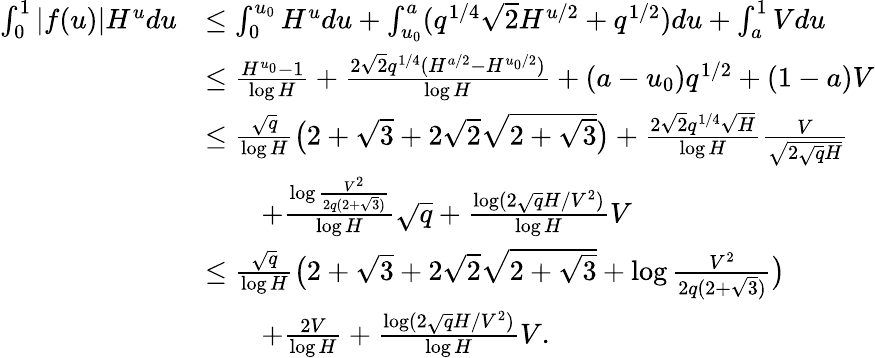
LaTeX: \begin{array}{rl}{\int_{0}^{1}|f(u)|H^{u}du}&{\le\int_{0}^{u_{0}}H^{u}du+\int_{u_{0}}^{a}(q^{1/4}\sqrt{2}H^{u/2}+q^{1/2})du+\int_{a}^{1}Vdu}\\ &{\le\frac{H^{u_{0}}-1}{\log H}+\frac{2\sqrt{2}q^{1/4}(H^{a/2}-H^{u_{0}/2})}{\log H}+(a-u_{0})q^{1/2}+(1-a)V}\\ &{\le\frac{\sqrt{q}}{\log H}\bigl(2+\sqrt{3}+2\sqrt{2}\sqrt{2+\sqrt{3}}\bigr)+\frac{2\sqrt{2}q^{1/4}\sqrt{H}}{\log H}\frac{V}{\sqrt{2\sqrt{q}H}}}\\ &{\qquad+\frac{\log\frac{V^{2}}{2q(2+\sqrt{3})}}{\log H}\sqrt{q}+\frac{\log(2\sqrt{q}H/V^{2})}{\log H}V}\\ &{\le\frac{\sqrt{q}}{\log H}\bigl(2+\sqrt{3}+2\sqrt{2}\sqrt{2+\sqrt{3}}+\log\frac{V^{2}}{2q(2+\sqrt{3})}\bigr)}\\ &{\qquad+\frac{2V}{\log H}+\frac{\log(2\sqrt{q}H/V^{2})}{\log H}V.}\end{array}